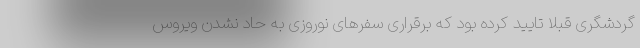
گردشگری قبلا تایید کرده بود که برقراری سفرهای نوروزی به حاد نشدن ویروس